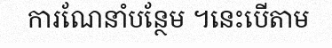
ការណែនាំបន្ថែម ។នេះបើតាម